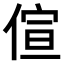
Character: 𠊿